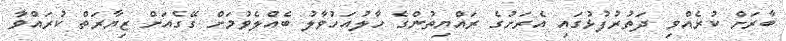
ބާރަށް ކުރެއްވި ދަތުރުފުޅުގައި އެރަށުގެ ރައްޔިތުންގެ ހާލުއަހުވާލު ބެއްލެވުމަށް ގޭގެއަށް ޒިޔާރަތް ކުރައްވާ